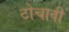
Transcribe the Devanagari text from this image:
टोचावी